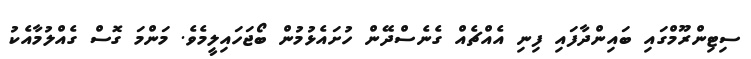
ސިޓިންރޫމްގައި ބައިންދާފައި ފިނި އެއްޗެއް ގެނެސްދޭން ހުށައެޅުމުން ބޯޖަހައިލީމެވެ. މަންމަ ގޮސް ގެއްލުމާއެކު